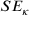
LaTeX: S E _ { \kappa }